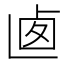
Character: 𠧱